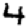
Digit: 4